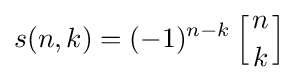
s(n,k)=(-1)^{n-k}\left[{n \atop k}\right]